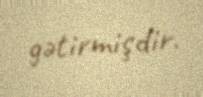
gətirmişdir.